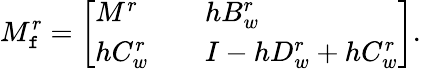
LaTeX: M_{\mathtt{f}}^{r}=\left[\begin{array}{lll}{M^{r}}&{}&{hB_{w}^{r}}\\ {hC_{w}^{r}}&{}&{I-hD_{w}^{r}+hC_{w}^{r}}\end{array}\right].